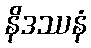
နိဒဿနံ